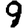
Digit: 9